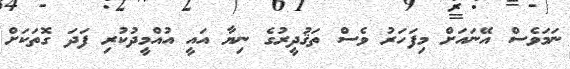
ނަމަވެސް އޭނައަށް މިފަހަރު ވެސް ތަޤުދީރުގެ ނިޔާ އައީ އުއްމީދުކުރި ފަދަ ގޮތަކަށް